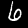
Label: 6